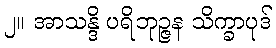
၂။ အာသန္ဒိ ပရိဘုဉ္ဇန သိက္ခာပုဒ်